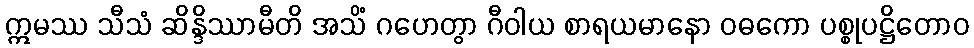
ဣမဿ သီသံ ဆိန္ဒိဿာမီတိ အသိံ ဂဟေတွာ ဂီဝါယ စာရယမာနော ဝဓကော ပစ္စုပဋ္ဌိတောဝ